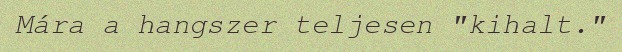
Mára a hangszer teljesen "kihalt."